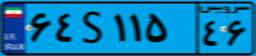
۲۳S۹۷۱۳۴